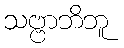
သဗ္ဗာဘိဘူ